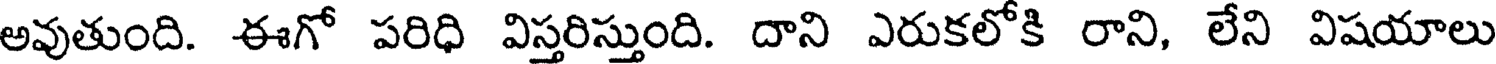
అవుతుంది. ఈగో పరిధి విస్తరిస్తుంది. దాని ఎరుకలోకి రాని, లేని విషయాలు